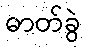
ဓာတ်ခွဲ